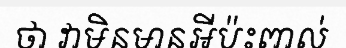
ថា វាមិនមានអីប៉ះពាល់